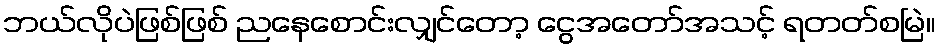
ဘယ်လိုပဲဖြစ်ဖြစ် ညနေစောင်းလျှင်တော့ ငွေအတော်အသင့် ရတတ်စမြဲ။